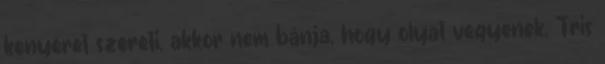
kenyeret szereti, akkor nem bánja, hogy olyat vegyenek. Tris